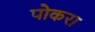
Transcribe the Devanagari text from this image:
पोकरा